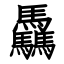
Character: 驫